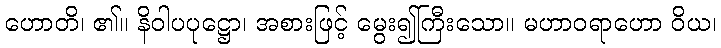
ဟောတိ၊ ၏။ နိဝါပပုဋ္ဌော၊ အစားဖြင့် မွေး၍ကြီးသော။ မဟာဝရာဟော ဝိယ၊